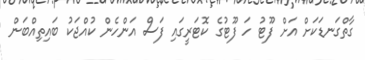
ގާތްގަނޑަކަށް އަށް ފޫޓު ހަ ފޫޓުގެ ކޮޓަރީގައި ފަސް އަންހެން ކުއްޖަކު ބައިތިއްބަން